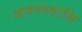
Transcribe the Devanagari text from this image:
जगतस्‍वामि